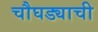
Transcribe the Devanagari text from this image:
चौघड्याची